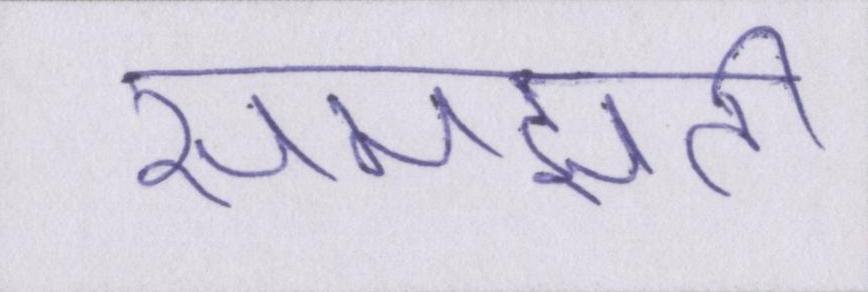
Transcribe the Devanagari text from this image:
समझती